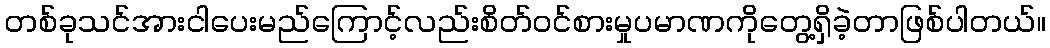
တစ်ခုသင်အားငါပေးမည်ကြောင့်လည်းစိတ်ဝင်စားမှုပမာဏကိုတွေ့ရှိခဲ့တာဖြစ်ပါတယ်။